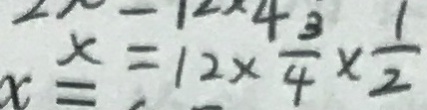
x = 1 2 \times \frac { 3 } { 4 } \times \frac { 1 } { 2 }